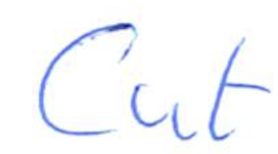
Text: Cut
Cross-out: clean
Writing tool: ballpoint